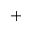
^ +